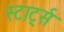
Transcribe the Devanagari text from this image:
स्टार्ट्स